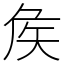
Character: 矦